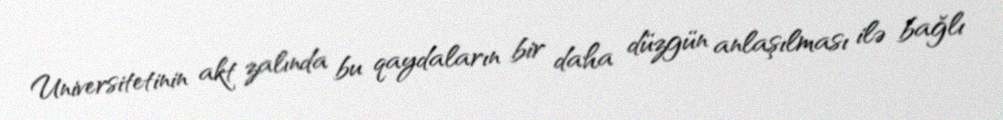
Universitetinin akt zalında bu qaydaların bir daha düzgün anlaşılması ilə bağlı